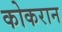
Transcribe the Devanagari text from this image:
कोकरान